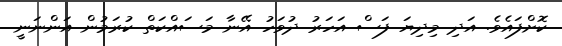
ކޮށްފައެވެ. އަދި މިދިޔަ ފަސް އަހަރު ދުވަހު އޭނާ މަސައްކަތް ކުރަމުން އަންނަނީ